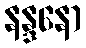
နန္ဒနော